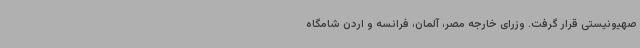
صهیونیستی قرار گرفت. وزرای خارجه مصر، آلمان، فرانسه و اردن شامگاه